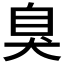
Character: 臭